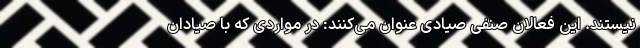
نیستند. این فعالان صنفی صیادی عنوان می‌کنند: در مواردی که با صیادان